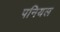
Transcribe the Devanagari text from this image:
पनियल